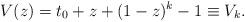
\begin{align*}V(z)= t_{0} + z + (1-z)^k -1 \equiv V_k.\end{align*}